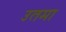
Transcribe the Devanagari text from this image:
उतमा